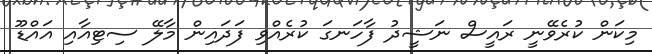
މިކަން ކުރެވޭނީ ރައީސް ނަޝީދު ފާހަނގަ ކުރެއްވި ފަދައިން މާލޭ ސިޓިއާއި އައްޑޫ